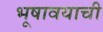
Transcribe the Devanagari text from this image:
भूषावयाची